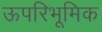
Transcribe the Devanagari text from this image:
ऊपरिभूमिक